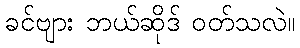
ခင်ဗျား ဘယ်ဆိုဒ် ဝတ်သလဲ။